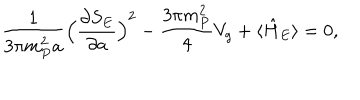
\frac { 1 } { 3 \pi m _ { P } ^ { 2 } a } \Bigl ( \frac { \partial S _ { E } } { \partial a } \Bigr ) ^ { 2 } - \frac { 3 \pi m _ { P } ^ { 2 } } { 4 } V _ { g } + \langle \hat { H } _ { E } \rangle = 0 ,